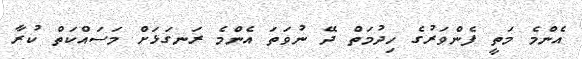
އެންމެ މަތީ ފެންވަރުގެ ހިދުމަތް ދޭ ނުވަތަ އެންމެ ރަނގަޅަށް މަސައްކަތް ކުރާ